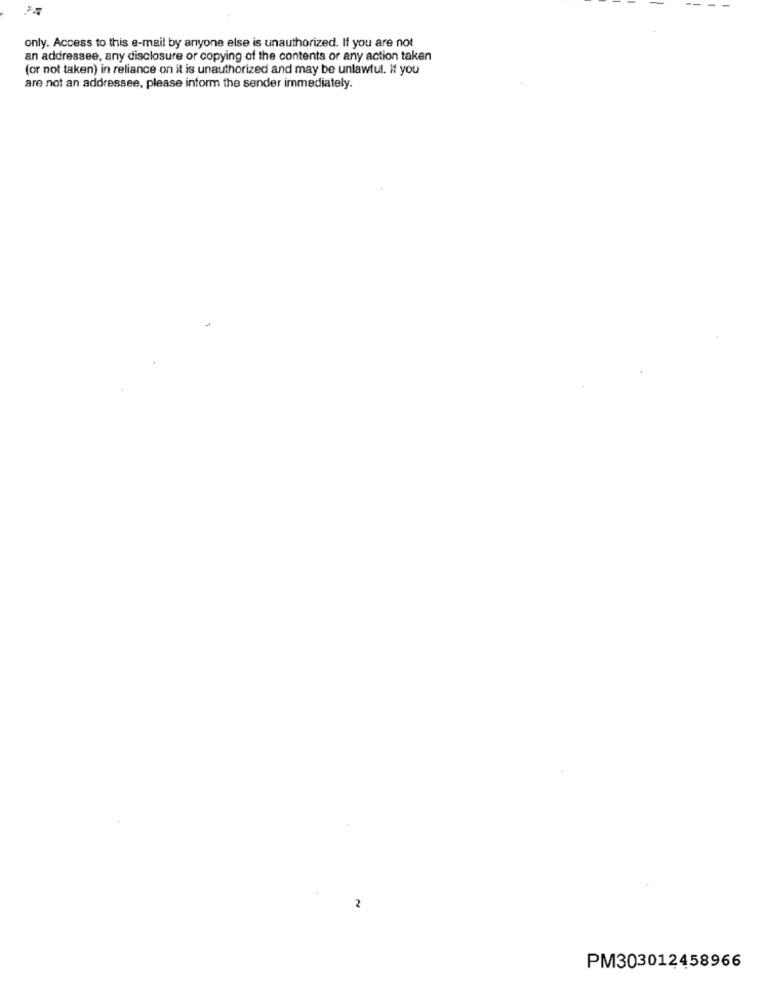
only. Access to this e-mail by anyone else is unauthorized. If you are not
an addressee, any disclosure or copying of the contents or any action taken
(or not taken) in reliance on it is unauthorized and may be unlawful. If you
are not an addressee, please inform the sender immediately.
2
PM303012458966